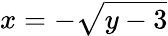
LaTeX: x=-\sqrt{y-3}